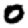
Digit: 0